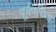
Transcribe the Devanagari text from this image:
पूर्वपरिग्रह